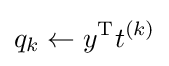
q_{k}\gets {y}^{\mathrm {T} }t^{(k)}